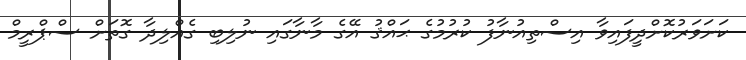
ކަށަވަރުކޮށްދީފައިވާ އިސްތިއުނާފު ކުރުމުގެ ޙައްޤު އޭގެ މާނާގައި ނުލިބި ގެއްލިދާ ގޮތަށް ސްޕްރީމް